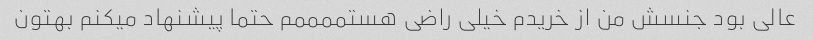
عالی بود جنسش من از خریدم خیلی راضی هستممممم حتما پیشنهاد میکنم بهتون